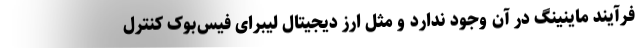
فرآیند ماینینگ در آن وجود ندارد و مثل ارز دیجیتال لیبرای فیس‌بوک کنترل